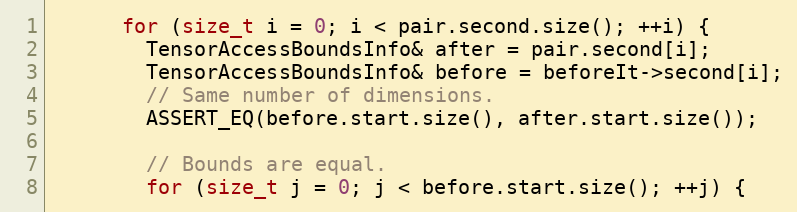
Language: C++
      for (size_t i = 0; i < pair.second.size(); ++i) {
        TensorAccessBoundsInfo& after = pair.second[i];
        TensorAccessBoundsInfo& before = beforeIt->second[i];
        // Same number of dimensions.
        ASSERT_EQ(before.start.size(), after.start.size());

        // Bounds are equal.
        for (size_t j = 0; j < before.start.size(); ++j) {